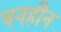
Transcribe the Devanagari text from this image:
घनहीन